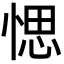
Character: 愢